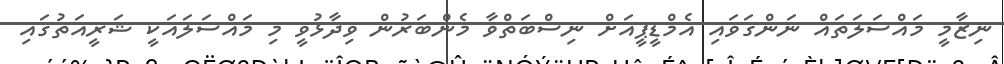
ނިޒާމީ މައްސަލަތައް ނަންގަވައި އެމްޑީޕީއަށް ނިސްބަތްވާ މެންބަރުން ވިދާޅުވީ މި މައްސަލައަކީ ޝަރީއަތުގައި